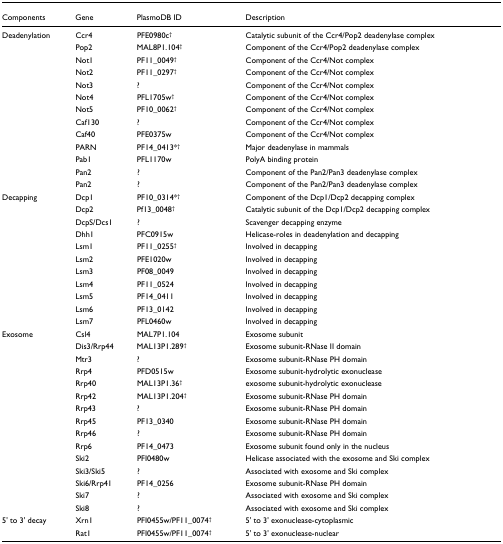
<table><thead><tr><td><b>Components</b></td><td><b>Gene</b></td><td><b>PlasmoDB ID</b></td><td><b>Description</b></td></tr></thead><tbody><tr><td>Deadenylation</td><td>Ccr4</td><td>PFE0980c<sup>†</sup></td><td>Catalytic subunit of the Ccr4/Pop2 deadenylase complex</td></tr><tr><td></td><td>Pop2</td><td>MAL8P1.104<sup>†</sup></td><td>Component of the Ccr4/Pop2 deadenylase complex</td></tr><tr><td></td><td>Not1</td><td>PF11_0049<sup>†</sup></td><td>Component of the Ccr4/Not complex</td></tr><tr><td></td><td>Not2</td><td>PF11_0297<sup>†</sup></td><td>Component of the Ccr4/Not complex</td></tr><tr><td></td><td>Not3</td><td>?</td><td>Component of the Ccr4/Not complex</td></tr><tr><td></td><td>Not4</td><td>PFL1705w<sup>†</sup></td><td>Component of the Ccr4/Not complex</td></tr><tr><td></td><td>Not5</td><td>PF10_0062<sup>†</sup></td><td>Component of the Ccr4/Not complex</td></tr><tr><td></td><td>Caf130</td><td>?</td><td>Component of the Ccr4/Not complex</td></tr><tr><td></td><td>Caf40</td><td>PFE0375w</td><td>Component of the Ccr4/Not complex</td></tr><tr><td></td><td>PARN</td><td>PF14_0413*<sup>†</sup></td><td>Major deadenylase in mammals</td></tr><tr><td></td><td>Pab1</td><td>PFL1170w</td><td>PolyA binding protein</td></tr><tr><td></td><td>Pan2</td><td>?</td><td>Component of the Pan2/Pan3 deadenylase complex</td></tr><tr><td></td><td>Pan2</td><td>?</td><td>Component of the Pan2/Pan3 deadenylase complex</td></tr><tr><td>Decapping</td><td>Dcp1</td><td>PF10_0314*<sup>†</sup></td><td>Component of the Dcp1/Dcp2 decapping complex</td></tr><tr><td></td><td>Dcp2</td><td>Pf13_0048<sup>†</sup></td><td>Catalytic subunit of the Dcp1/Dcp2 decapping complex</td></tr><tr><td></td><td>DcpS/Dcs1</td><td>?</td><td>Scavenger decapping enzyme</td></tr><tr><td></td><td>Dhh1</td><td>PFC0915w</td><td>Helicase-roles in deadenylation and decapping</td></tr><tr><td></td><td>Lsm1</td><td>PF11_0255<sup>†</sup></td><td>Involved in decapping</td></tr><tr><td></td><td>Lsm2</td><td>PFE1020w</td><td>Involved in decapping</td></tr><tr><td></td><td>Lsm3</td><td>PF08_0049</td><td>Involved in decapping</td></tr><tr><td></td><td>Lsm4</td><td>PF11_0524</td><td>Involved in decapping</td></tr><tr><td></td><td>Lsm5</td><td>PF14_0411</td><td>Involved in decapping</td></tr><tr><td></td><td>Lsm6</td><td>PF13_0142</td><td>Involved in decapping</td></tr><tr><td></td><td>Lsm7</td><td>PFL0460w</td><td>Involved in decapping</td></tr><tr><td>Exosome</td><td>Csl4</td><td>MAL7P1.104</td><td>Exosome subunit</td></tr><tr><td></td><td>Dis3/Rrp44</td><td>MAL13P1.289<sup>†</sup></td><td>Exosome subunit-RNase II domain</td></tr><tr><td></td><td>Mtr3</td><td>?</td><td>Exosome subunit-RNase PH domain</td></tr><tr><td></td><td>Rrp4</td><td>PFD0515w</td><td>Exosome subunit-hydrolytic exonuclease</td></tr><tr><td></td><td>Rrp40</td><td>MAL13P1.36<sup>†</sup></td><td>exosome subunit-hydrolytic exonuclease</td></tr><tr><td></td><td>Rrp42</td><td>MAL13P1.204<sup>†</sup></td><td>Exosome subunit-RNase PH domain</td></tr><tr><td></td><td>Rrp43</td><td>?</td><td>Exosome subunit-RNase PH domain</td></tr><tr><td></td><td>Rrp45</td><td>PF13_0340</td><td>Exosome subunit-RNase PH domain</td></tr><tr><td></td><td>Rrp46</td><td>?</td><td>Exosome subunit-RNase PH domain</td></tr><tr><td></td><td>Rrp6</td><td>PF14_0473</td><td>Exosome subunit found only in the nucleus</td></tr><tr><td></td><td>Ski2</td><td>PFI0480w</td><td>Helicase associated with the exosome and Ski complex</td></tr><tr><td></td><td>Ski3/Ski5</td><td>?</td><td>Associated with exosome and Ski complex</td></tr><tr><td></td><td>Ski6/Rrp41</td><td>PF14_0256</td><td>Exosome subunit-RNase PH domain</td></tr><tr><td></td><td>Ski7</td><td>?</td><td>Associated with exosome and Ski complex</td></tr><tr><td></td><td>Ski8</td><td>?</td><td>Associated with exosome and Ski complex</td></tr><tr><td>5&#x27; to 3&#x27; decay</td><td>Xrn1</td><td>PFI0455w/PF11_0074<sup>†</sup></td><td>5&#x27; to 3&#x27; exonuclease-cytoplasmic</td></tr><tr><td></td><td>Rat1</td><td>PFI0455w/PF11_0074<sup>†</sup></td><td>5&#x27; to 3&#x27; exonuclease-nuclear</td></tr></tbody></table>